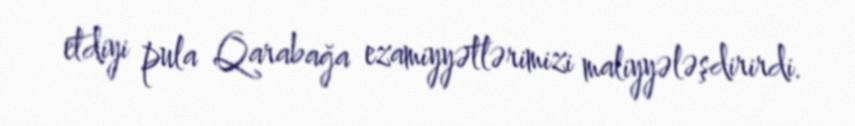
etdiyi pula Qarabağa ezamiyyətlərimizi maliyyələşdirirdi.